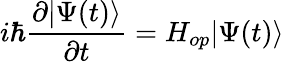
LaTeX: i\hbar\frac{\partial|\Psi(t)\rangle}{\partial t}=H_{op}|\Psi(t)\rangle